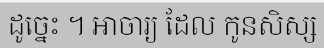
ដូច្នេះ ។ អាចារ្យ ដែល កូនសិស្ស